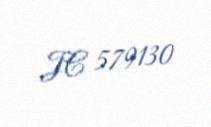
JC 579130